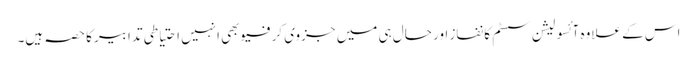
اس کے علاوہ آئسولیشن سسٹم کا نفاز اور حال ہی میں جزوی کرفیو بھی انہیں احتیاطی تدابیر کا حصہ ہیں۔